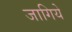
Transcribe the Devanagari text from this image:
जागिये